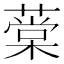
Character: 𦼕